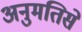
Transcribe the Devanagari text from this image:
अनुमतिसे